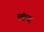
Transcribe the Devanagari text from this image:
व्दंव्द